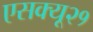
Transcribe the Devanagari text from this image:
एसक्यू२१